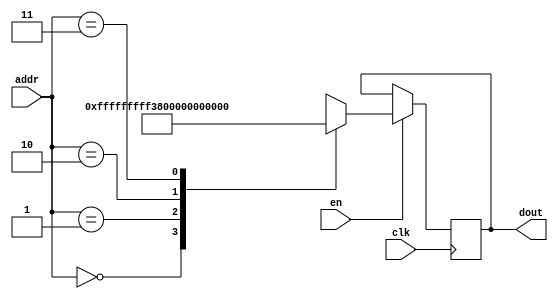
`timescale 1ns / 1ps
/*
Copyright
All right reserved.
Module Name: rom_syn
Author  : Zichuan Liu, Yixing Li and Wenye Liu.
Description:
A synthesized ROM: ROM_DEP x ROM_WID
*/
module AD_REF_ROM_29(
// inputs
clk,
en,
addr,
// outputs
dout
);
localparam ROM_WID = 22;
localparam ROM_DEP = 4;
localparam ROM_ADDR = 2;
// input definition
input clk;
input en;
input [ROM_ADDR-1:0] addr;
// output definition
output [ROM_WID-1:0] dout;
reg [ROM_WID-1:0] data;
always @(posedge clk)
begin
if (en) begin
case(addr)
		2'd0: data <= 22'b1111111111111111111111;
		2'd1: data <= 22'b1111111111111100111000;
		2'd2: data <= 22'b0000000000000001100011;
		2'd3: data <= 22'b0000000000000000111001;
		endcase
		end
	end
	assign dout = data;
endmodule